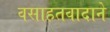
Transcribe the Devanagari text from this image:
वसाहतवादाने